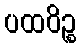
ပထဝိဉ္စ